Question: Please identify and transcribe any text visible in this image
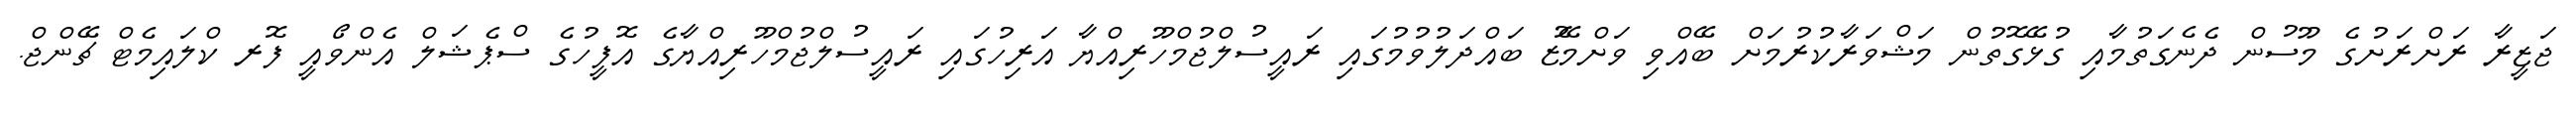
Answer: ޖަޒީރާ ރަށްރަށުގެ މޫސުން ދެނެގަތުމާއި ގުޅޭގޮތުން މަޝްވަރާކުރުމަށް ބޭއްވި ވަށްމޭޒު ބައްދަލުވުމުގައި ރައީސުލްޖުމްހޫރިއްޔާ އަރިހުގައި ރައީސުލްޖުމްހޫރިއްޔާގެ އޮފީހުގެ ސްޕެޝަލް އެންވޯއީ ފޮރ ކްލައިމެޓް ޗޭންޖް.